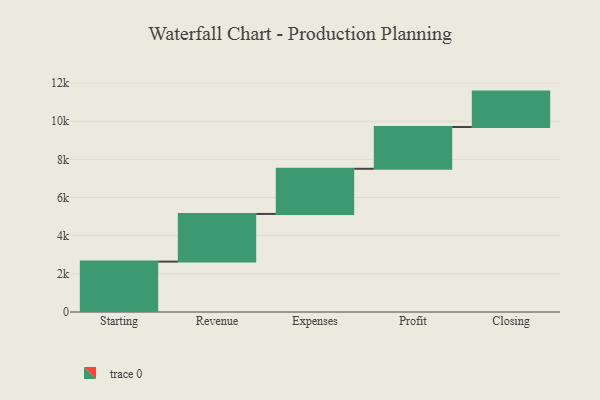
{"axis": {"x": "Step", "y": "Value"}, "legend": [""], "data": [{"x": "Starting", "y": 2640.0, "type": ""}, {"x": "Revenue", "y": 2498.0, "type": ""}, {"x": "Expenses", "y": 2366.0, "type": ""}, {"x": "Profit", "y": 2188.0, "type": ""}, {"x": "Closing", "y": 1856.0, "type": ""}]}